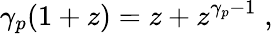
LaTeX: \gamma_{p}(1+z)=z+z^{\gamma_{p}-1}\; ,